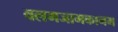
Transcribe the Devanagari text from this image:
वलमजामकानम